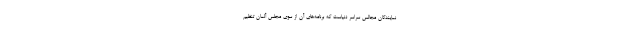
نمایندگان مجالس سراسر دنیاست که برنامه‌های آن از سوی مجلس آلمان تنظیم